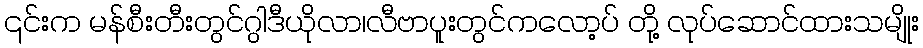
၎င်းက မန်စီးတီးတွင်ဂွါဒီယိုလာ၊လီဗာပူးတွင်ကလော့ပ် တို့ လုပ်ဆောင်ထားသမျိုး